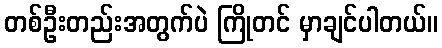
တစ်ဦးတည်းအတွက်ပဲ ကြိုတင် မှာချင်ပါတယ်။